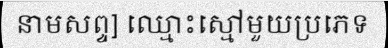
នាមសព្ទ] ឈ្មោះស្មៅមួយប្រភេទ